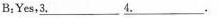
B:Yes，\underline{3} \underline{4.}